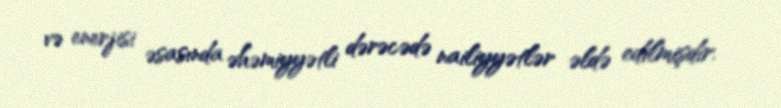
və enerjisi əsasında əhəmiyyətli dərəcədə nailiyyətlər əldə edilmişdir.